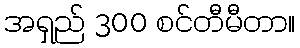
အရှည် 300 စင်တီမီတာ။